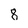
Character: 8